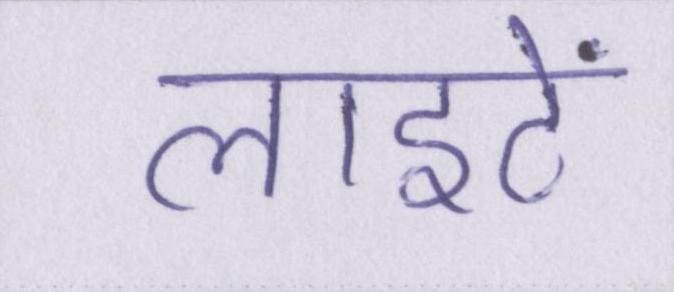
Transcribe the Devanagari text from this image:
लाइटें